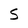
Character: S